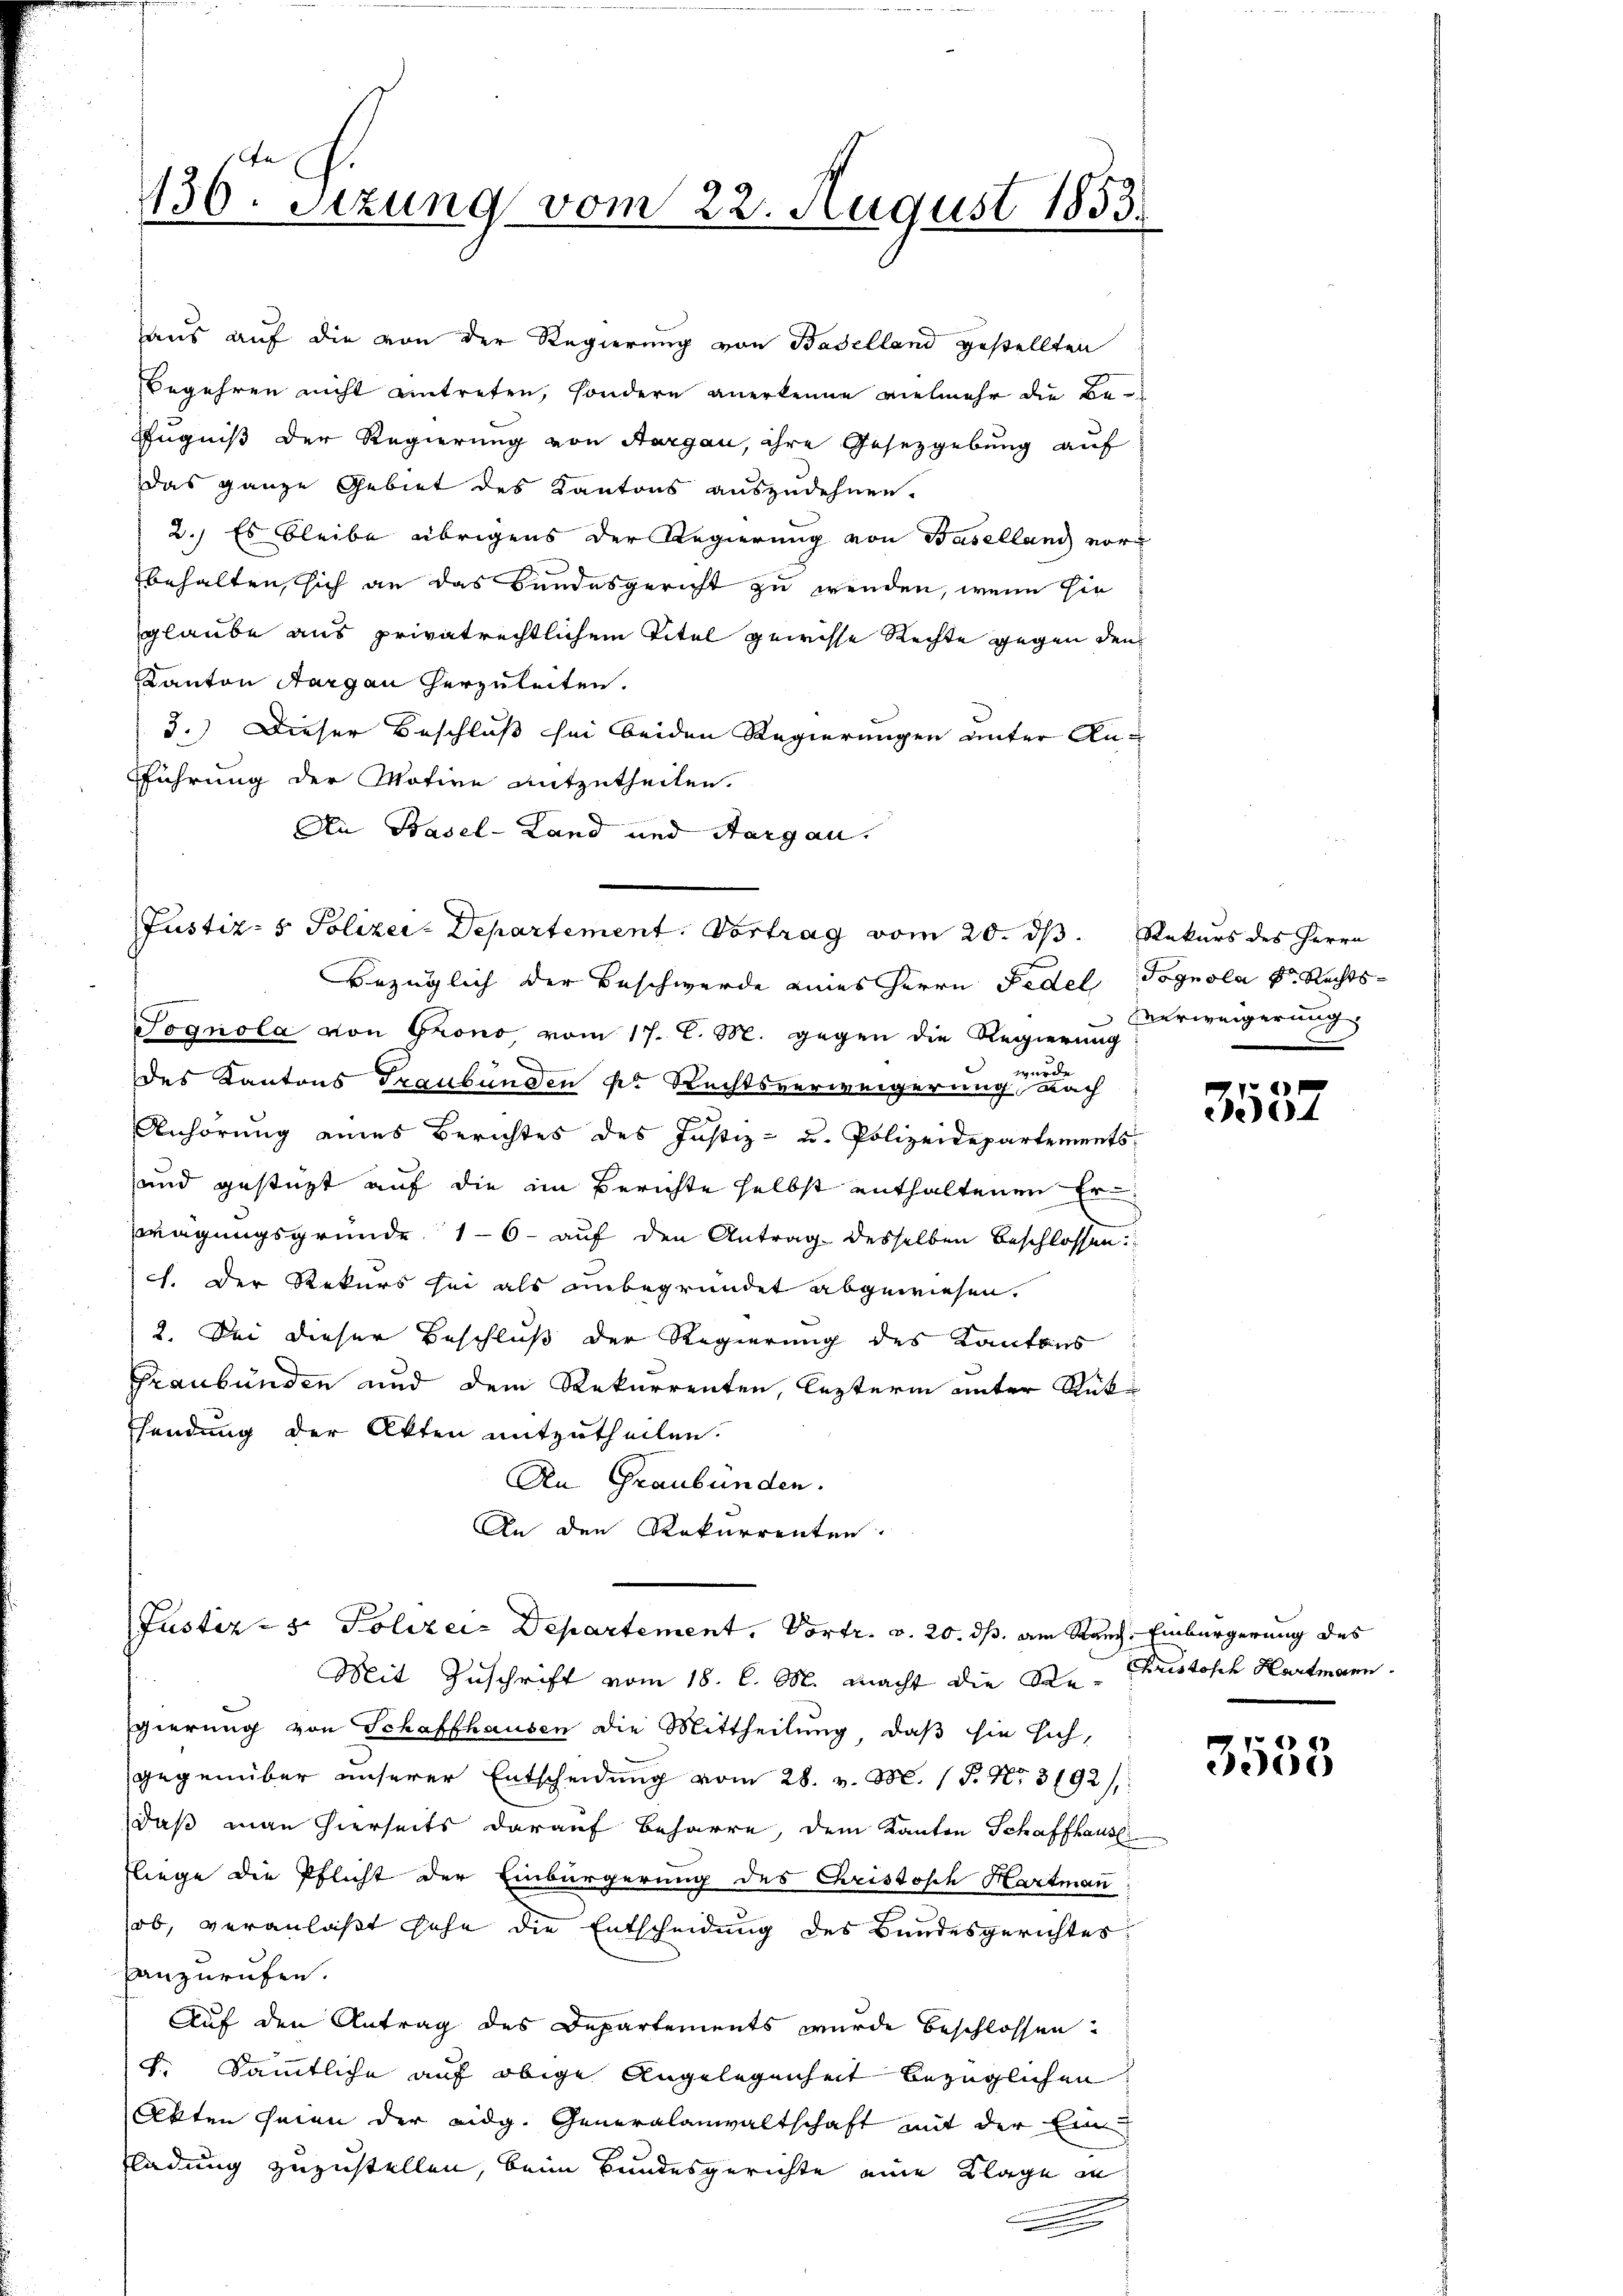
130. Sizung vom 22. August 1853.

haus auf die von der Regierung von Baselland gestellten
egehren nicht eintreten, sondern anerkenne vielmehr die Be-
Zugniß der Regierung von Aargau, ihre Gesetzgebung auf
Das ganze Gebiet des Kantons auszudehnen.
2.) Es bleibe übrigens der Regierung von Baselland vorbehalten, sich an das Bundesgericht zu wenden, wenn sie
glaube aus privatrechtlichem Titel gewisse Rechte gegen den
KKanton Aargau herzuleiten.
3.) Dieser Beschluß sei beiden Regierungen unter Anführung der Motive mitzutheilen.
An Basel-Land und Aargau.
Bezüglich der Beschwerde eines Herrn Fedel Pognola k. Rechts¬
Sognola von Grono vom 17. C. M. gegen die Regierung
wurde
des Kantons Graubünden k. Rechtsverweigerung nach
Anhörung eines Berichtes des Justiz- u. Polizeidepartements
und gestüzt auf die im Berichte selbst enthaltenen Erwägungsgründe 16 - auf den Antrag desselben beschlossen:
1. Der Rekurs sei als unbegründet abgewiesen.
2. Bei dieser Beschluß der Regierung des Kantons
Graubünden und dem Rekurrenten, lezterm unter Rück¬
Esendung der Akten mitzutheilen.
An Graubünden.
An den Rekurrenten.
Justiz - 5. Polizei- Departement. Vortr. v. 20. ds. am Rauch, Einbürgerung des
Mit Zuschrift vom 18. l. M. macht die Re- Christosch Hartmann
gierung von Schaffhausen die Mittheilung, daß sie sich,
gegenüber unserer Entscheidŭng vom 28. v. M. 1 S. Nr. 3192/
daß man hierseits darauf Beharre, dem Kanton Schaffhausl
liege die Pflicht der Einbürgerung des Christosch Hartmann
ob, veranlaßt sehe die Entscheidung des Bundesgerichtes
Hanzurufen.
Auf den Antrag des Departements wurde beschlossen.
k. Sämmtliche auf obige Angelegenheit bezüglichen
Akten seien der eidg. Generalanwaltschaft mit der Ein
ladung zuzustellen, beim Bundesgerichte eine Klage in

Justiz- & Polizei-Departement. Vortrag vom 20. d. Rekurs des Herrn

Verweigerung

76
4

3535